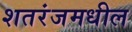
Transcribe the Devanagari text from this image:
शतरंजमधील